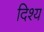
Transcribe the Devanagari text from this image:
दिश्य